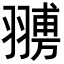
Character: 𦑷